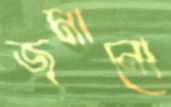
জমানো